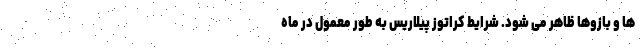
ها و بازوها ظاهر می شود. شرایط کراتوز پیلاریس به طور معمول در ماه